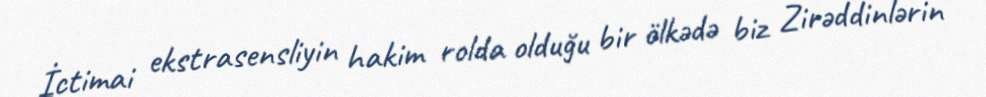
İctimai ekstrasensliyin hakim rolda olduğu bir ölkədə biz Zirəddinlərin